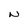
Character: N